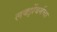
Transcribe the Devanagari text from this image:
लक्झेंबर्गचा